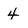
Character: 4